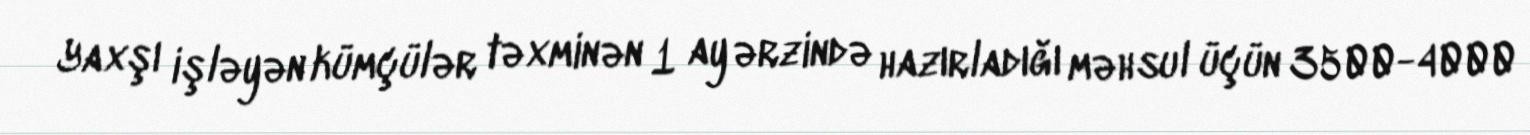
Yaxşı işləyən kümçülər təxminən 1 ay ərzində hazırladığı məhsul üçün 3500-4000